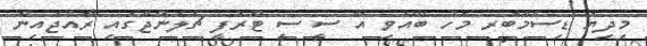
މިިދިޔަ ޑިސެމްބަރ މަހު ބޭއްވި އޭ ސީ ސީ ޓްރޮފީ ޗެލެންޖްގައި ރާއްޖެއިން